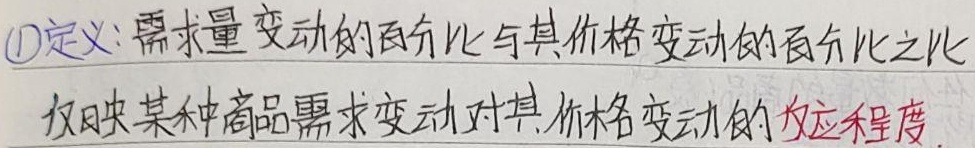
\textcircled{1}定义：需求量变动的百分比与其价格变动的百分比之比反映某种商品需求变动对其价格变动的\textcolor{red}{反应程度}